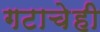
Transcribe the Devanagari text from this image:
गटाचेही